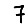
Digit: 7